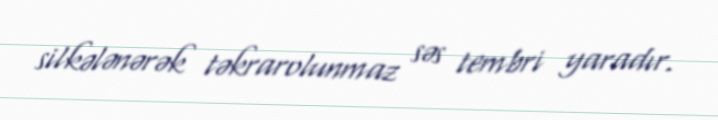
silkələnərək təkrarolunmaz səs tembri yaradır.